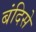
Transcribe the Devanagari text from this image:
बंदिसे